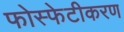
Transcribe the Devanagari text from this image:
फोस्फेटीकरण